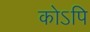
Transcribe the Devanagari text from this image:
कोऽपि